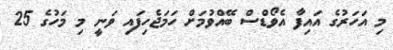
މި އަހަރުގެ އައިފާ އެވޯޑްސް ބޭއްވުމަށް ހަމަޖެހިފައި ވަނީ މި މަހުގެ 25